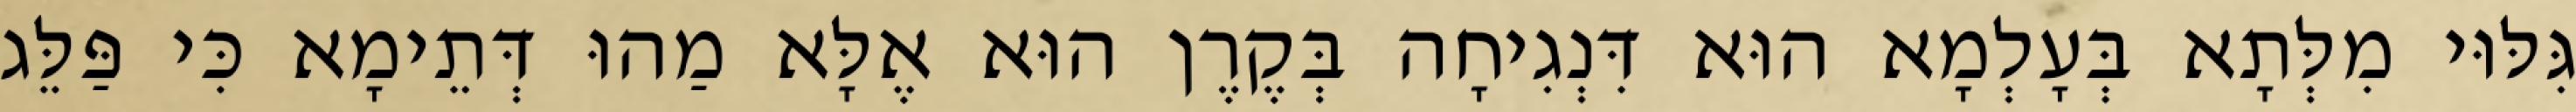
גִּלּוּי מִלְּתָא בְּעָלְמָא הוּא דִּנְגִיחָה בְּקֶרֶן הוּא אֶלָּא מַהוּ דְּתֵימָא כִּי פַּלֵּג